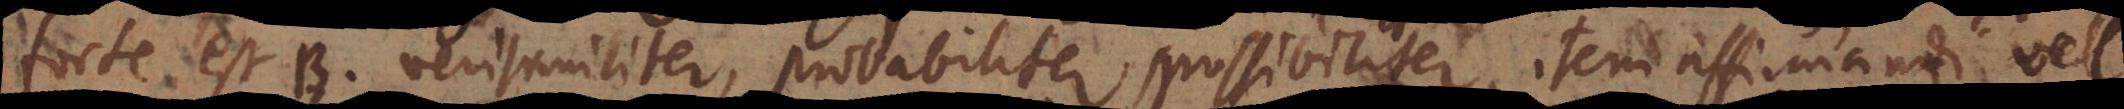
est B, verisimiliter, probabiliter, possibiliter, item affirmandi vel